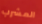
المشرب